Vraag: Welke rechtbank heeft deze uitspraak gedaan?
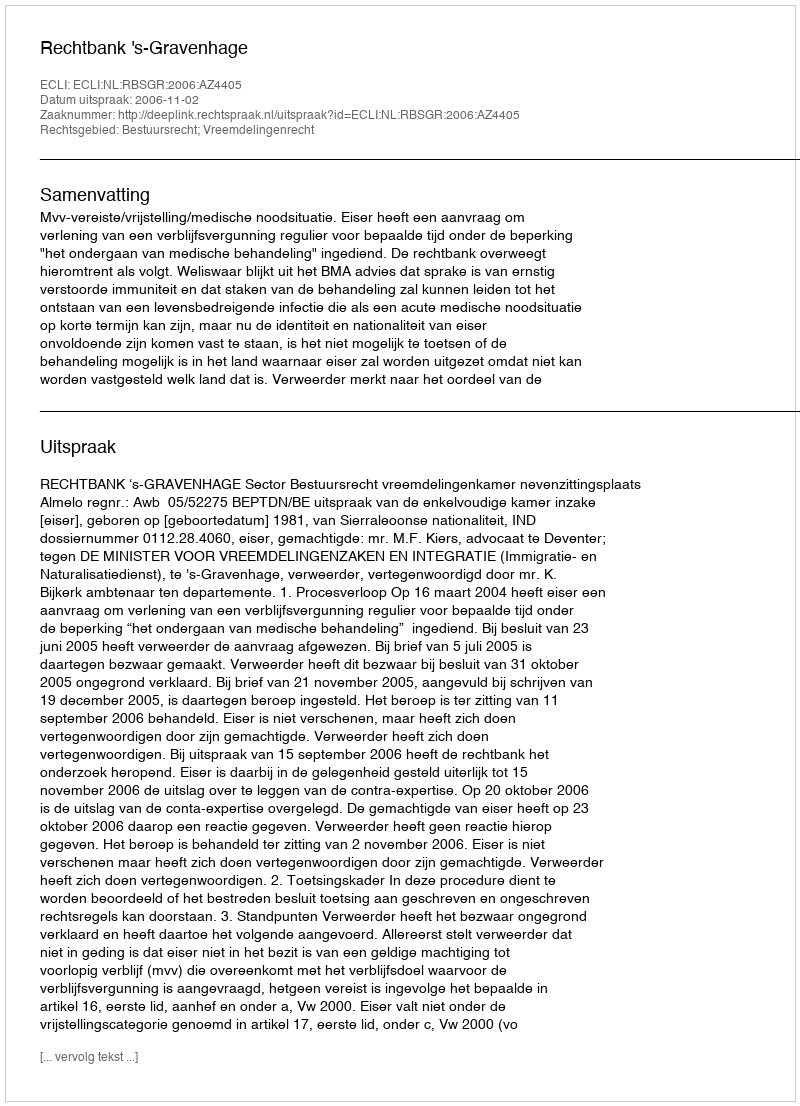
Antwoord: Rechtbank 's-Gravenhage